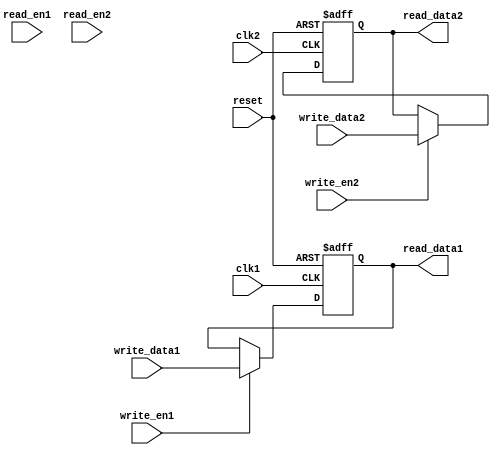
module DualPortRegister (
    input wire clk1, // Clock input for register 1
    input wire clk2, // Clock input for register 2
    input wire reset, // Reset signal for both registers
    input wire write_data1, // Data input for register 1
    input wire write_en1, // Write enable signal for register 1
    output reg read_data1, // Data output for register 1
    input wire read_en1, // Read enable signal for register 1
    input wire write_data2, // Data input for register 2
    input wire write_en2, // Write enable signal for register 2
    output reg read_data2, // Data output for register 2
    input wire read_en2 // Read enable signal for register 2
);

// Register 1
always @(posedge clk1 or posedge reset) begin
    if (reset) begin
        read_data1 <= 0;
    end else begin
        if (write_en1) begin
            read_data1 <= write_data1;
        end
    end
end

// Register 2
always @(posedge clk2 or posedge reset) begin
    if (reset) begin
        read_data2 <= 0;
    end else begin
        if (write_en2) begin
            read_data2 <= write_data2;
        end
    end
end

endmodule